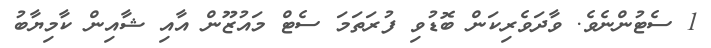
1 ސެޓުންނެވެ. ވާދަވެރިކަން ބޮޑުވި ފުރަތަމަ ސެޓް މައުޒޫން އާއި ޝާއިން ކާމިޔާބު